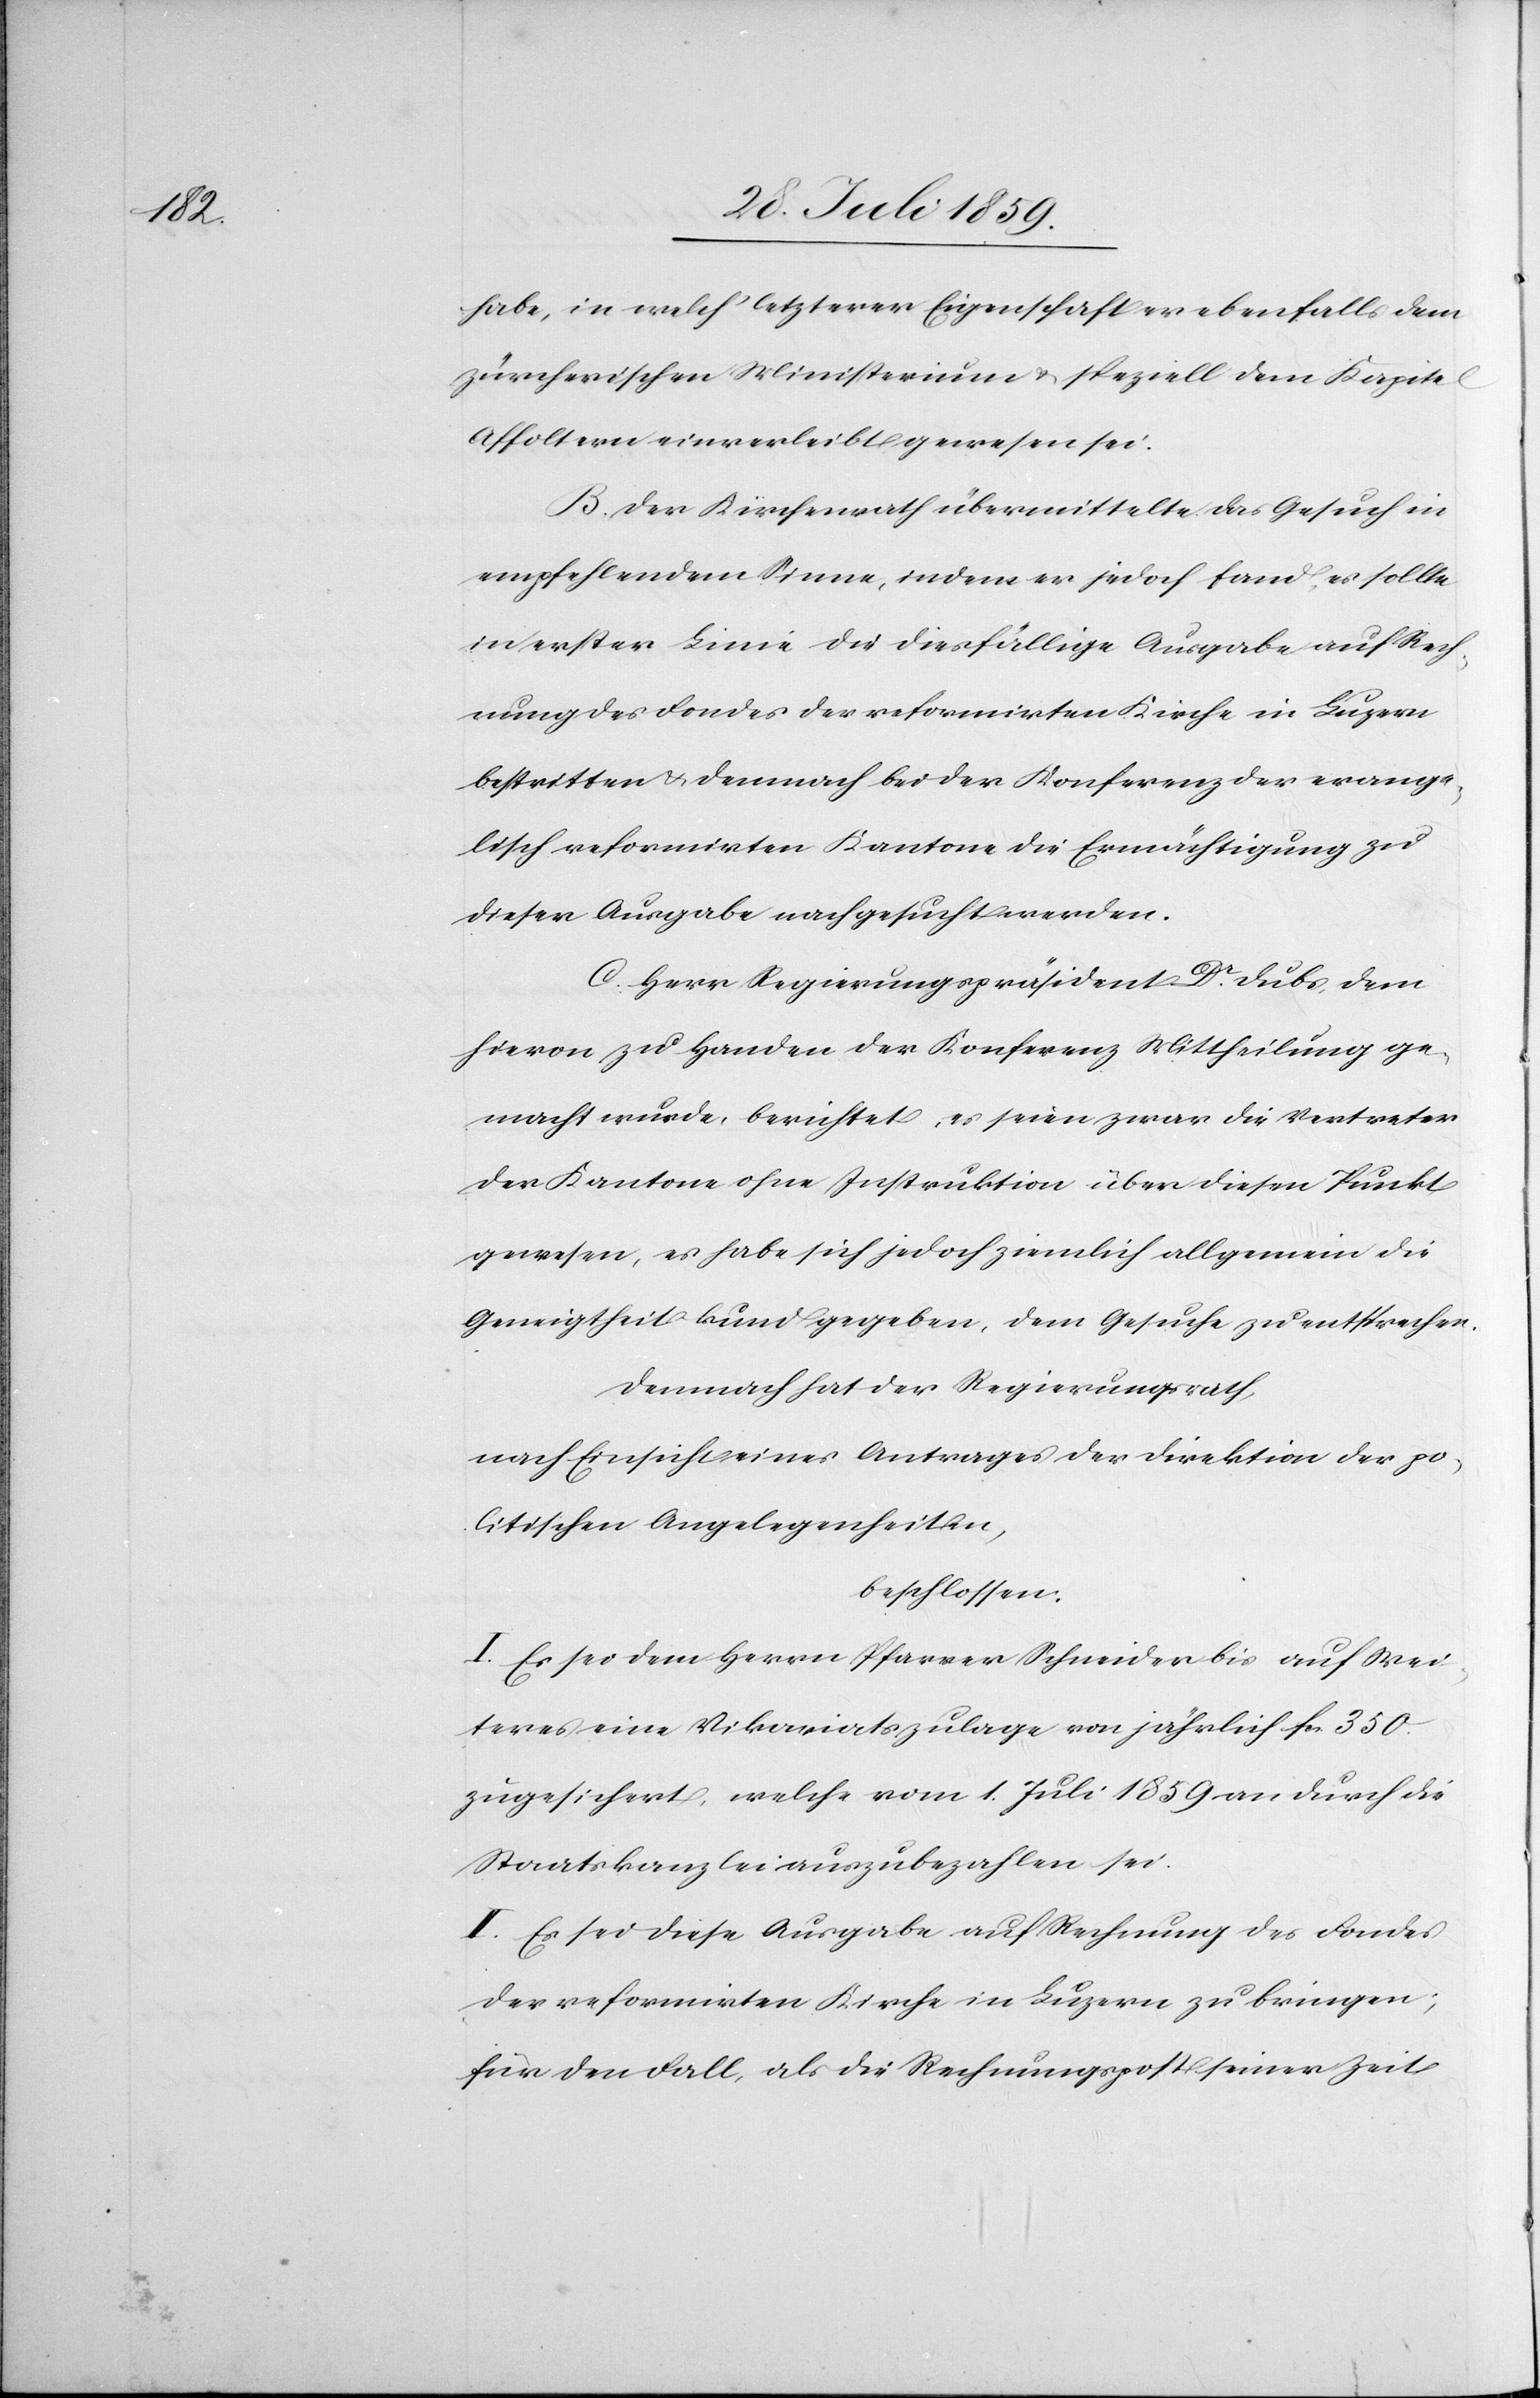
habe, in welch’ letzterer Eigenschaft er ebenfalls dem
zürcherischen Ministerium u. speziell dem Kapitel
Affoltern einverleibt gewesen sei.
B. Der Kirchenrath übermittelte das Gesuch in
empfehlendem Sinne, indem er jedoch fand, es solle
in erster Linie die diesfällige Ausgabe auf Rech¬
nung des Fondes der reformirten Kirche in Luzern
bestritten u. demnach bei der Konferenz der evange¬
lisch reformirten Kantone die Ermächtigung zu
dieser Ausgabe nachgesucht werden.
C. Herr Regierungspräsident Dr. Dubs, dem
hievon zu Handen der Konferenz Mittheilung ge¬
macht wurde, berichtet, es seien zwar die Vertreter
der Kantone ohne Instruktion über diesen Punkt
gewesen, es habe sich jedoch ziemlich allgemein die
Geneigtheit kund gegeben, dem Gesuche zu entsprechen.
Demnach hat der Regierungsrath,
nach Einsicht eines Antrages der Direktion der po¬
litischen Angelegenheiten,
beschlossen.
I. Es sei dem Herrn Pfarrer Schneider bis auf Wei¬
teres eine Vikariatszulage von jährlich fcs. 350.
zugesichert, welche vom 1. Juli 1859 an durch die
Staatskanzlei auszubezahlen sei.
II. Es sei diese Ausgabe auf Rechnung des Fondes
der reformirten Kirche in Luzern zu bringen;
für den Fall, als die Rechnungspost seiner Zeit